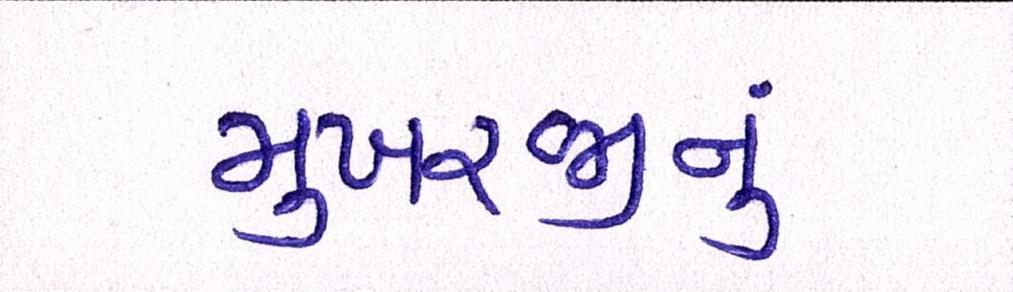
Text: મુખરજીનું